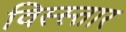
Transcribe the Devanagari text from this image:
विस्स्तार